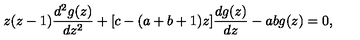
z ( z - 1 ) \frac { d ^ { 2 } g ( z ) } { d z ^ { 2 } } + [ c - ( a + b + 1 ) z ] \frac { d g ( z ) } { d z } - a b g ( z ) = 0 ,